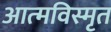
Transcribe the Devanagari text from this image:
आत्‍मविस्‍मृत